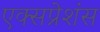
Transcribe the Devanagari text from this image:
एक्सप्रेशंस